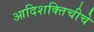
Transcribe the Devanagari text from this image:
आदिशक्तिचीचे